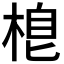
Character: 𣓛